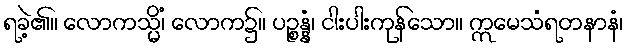
ရခဲ့၏။ လောကသ္မိံ၊ လောက၌။ ပဉ္စန္နံ၊ ငါးပါးကုန်သော။ ဣမေသံရတနာနံ၊